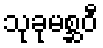
သုခုမစ္ဆဝီ